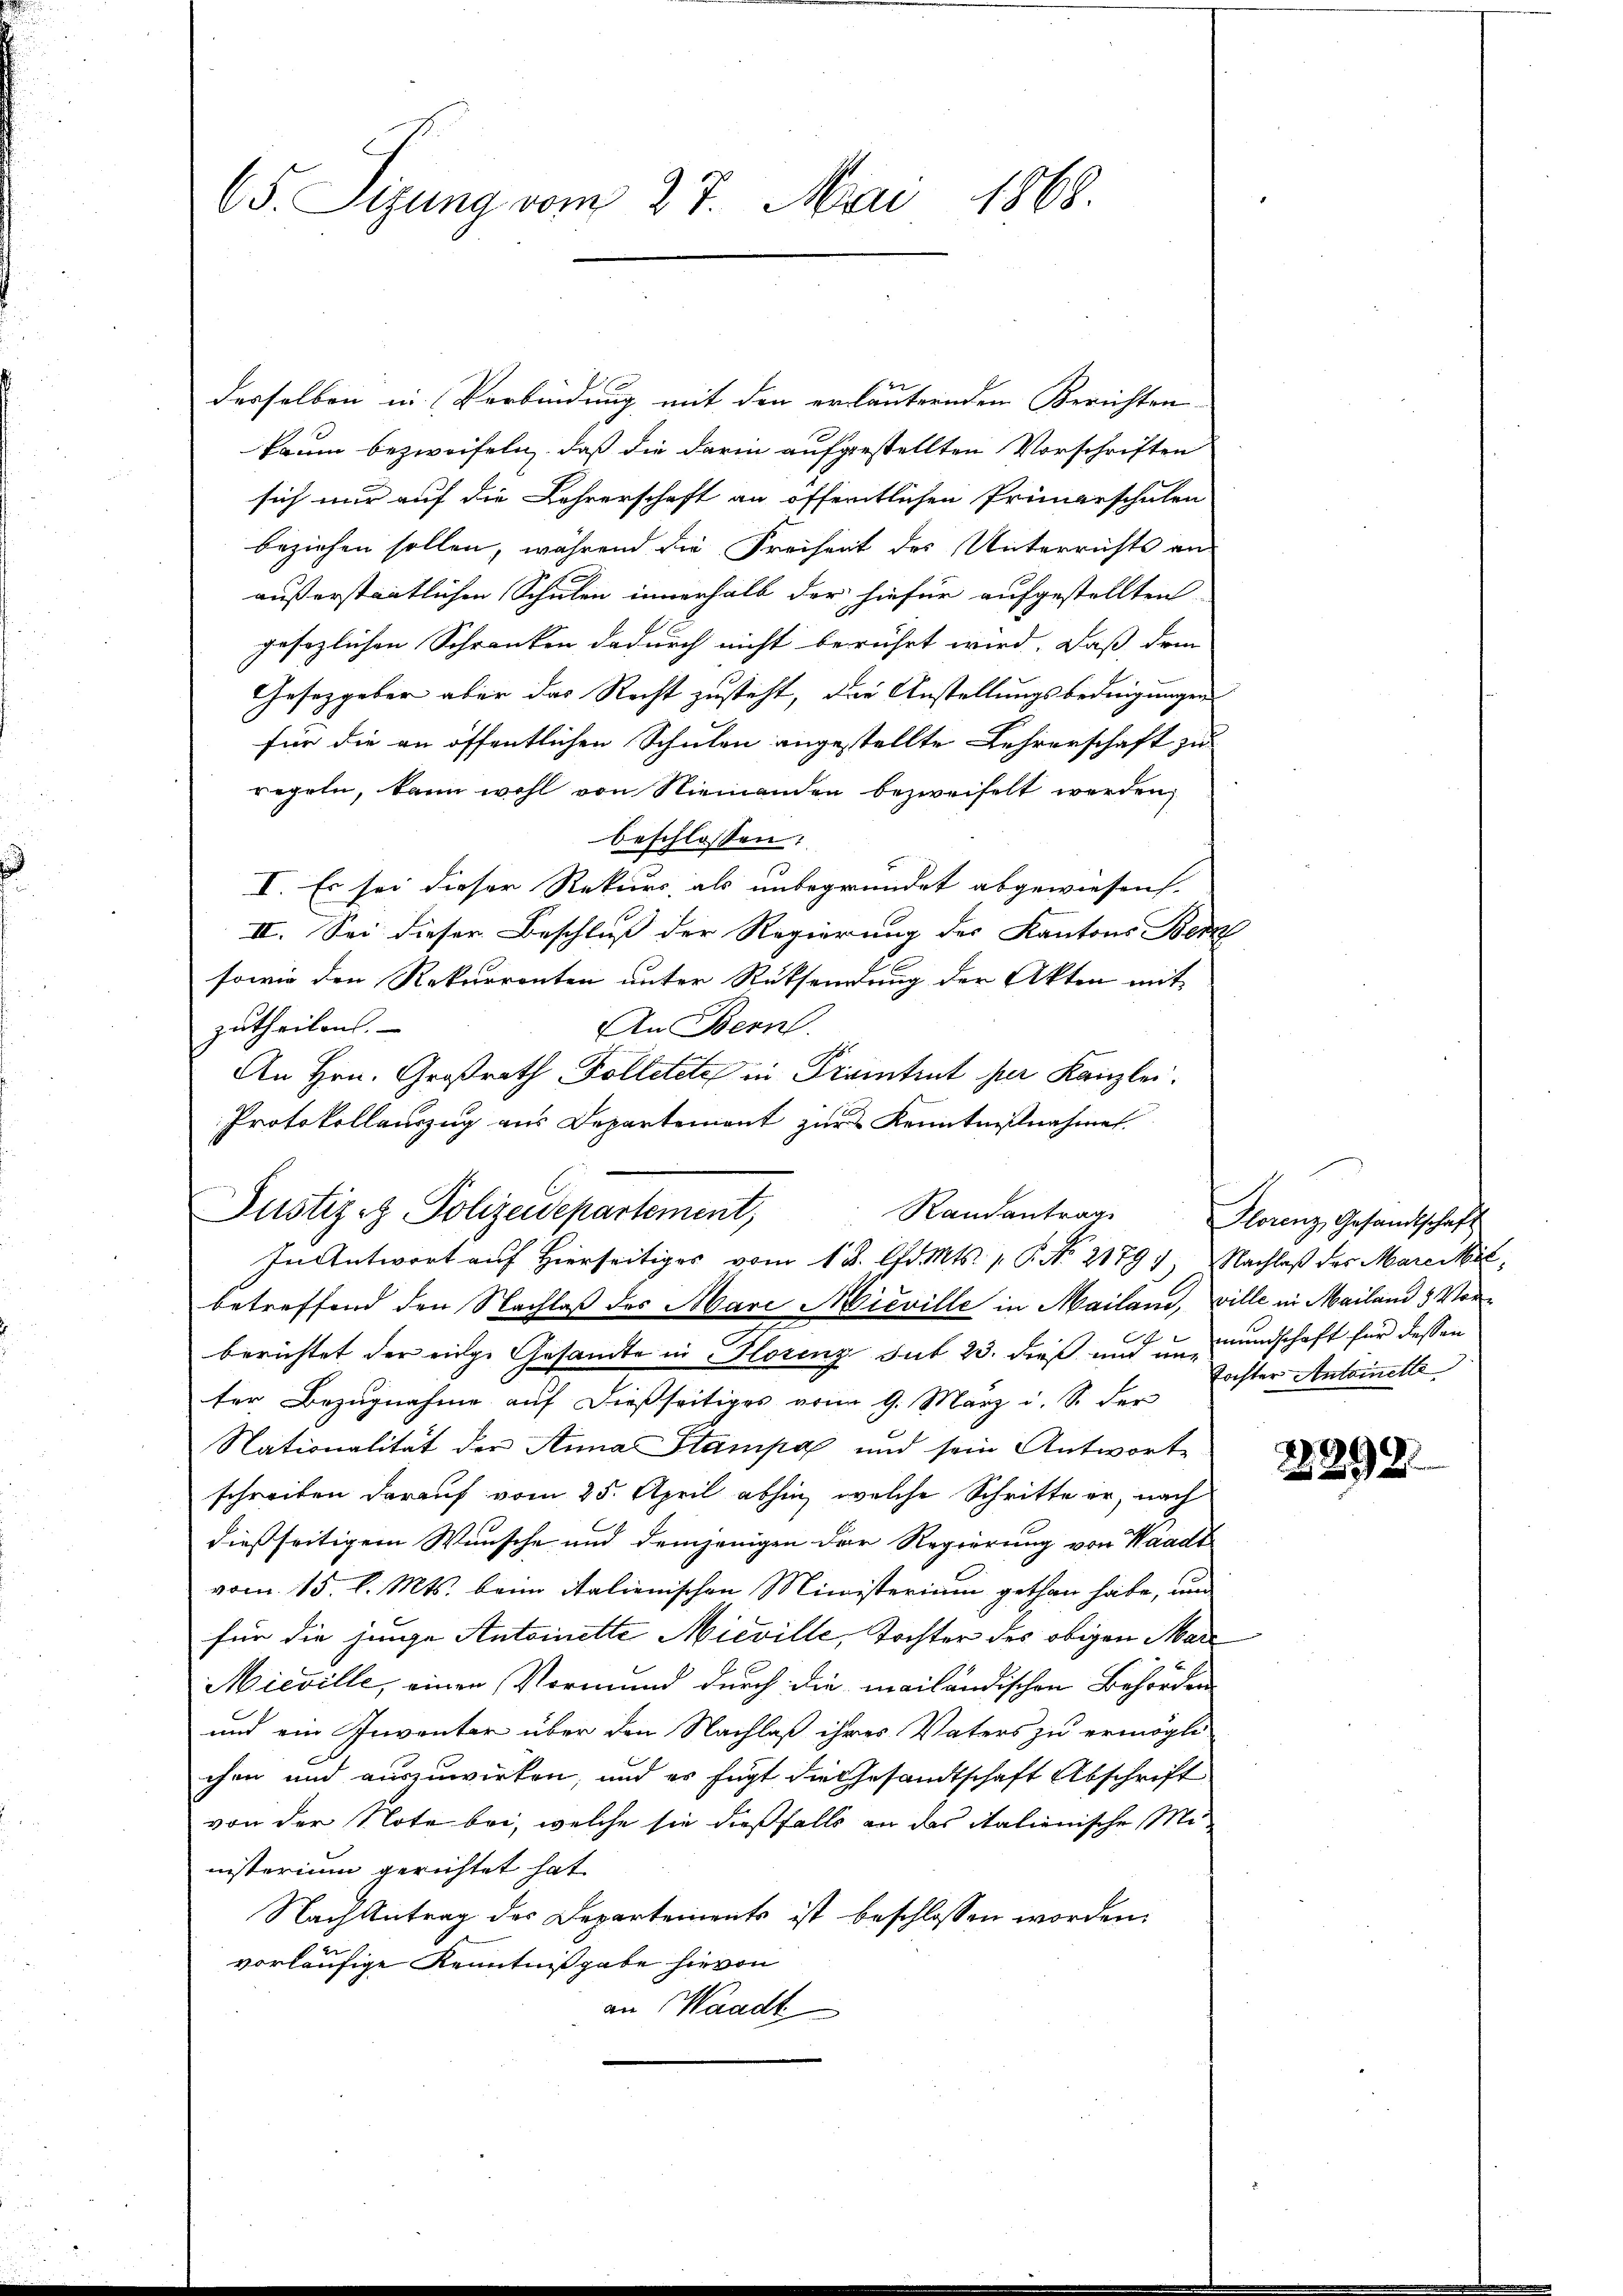
65. Sizung vom 27. Mai 1868.

derselben in Verbindung mit den erläuternden Berichten
kaum bezweifeln, daß die darin aufgestellten Vorschriften
sich nur auf die Lehrerschaft an öffentlichen Primgeschulen
beziehen sollen, während die Freiheit des Unterrichts an
außerstaatlichen Schulen innerhalb der hiefür aufgestellten
gesezlichen Schranken dadurch nicht berührt wird. Daß dei-
Gesetzgeber aber das Recht zusteht, die Anstellungsbedingungen
für die an öffentlichen Schulen angestellte Lehrerschaft zu
regeln, kann wohl von Niemanden bezweifelt werden,
beschlossen:
I. Es sei dieser Rekurs, als unbegründet abgewiesen.
II. Sei dieser Beschluß der Regierung des Kantons Bern
sowie den Rekurrenten unter Rücksendung der Akten mit
zutheilen.
An Bern.
An Hrn. Großrath Kolletete in Prantrut der Kanzlei.
Protokollauszug aus Departement zur Kenntnißnahme
In Antwort auf Hierseitig vom 18. d. Mts. 1. No 2179) Nachlaß der Mareckt,
betreffend den Nachlaß des Mare Mieville in Mailand, ville in Mailand 3 Vorberichtet der eige Gesandte in Florenz sub 23. dieß und umundschaft für dessen
ter Bezugnahme auf dießseitiges vom 9. März d. S. der
Nationalität der Anna Stampa und sein Antworte
schreiben darauf vom 25. April abhin, welche Schritte er, nach
dießseitigem Wunsche und demjenigen der Regierung von Waadt
vom 15. l. Mts. beim Salienischen Ministerium gethan habe, und
für die junge Antoinette Mieville, Tochter des obigen Mar
Mieville, einen Vormund durch die mailändischen Behörden
und ein Inventer über den Nachlaß ihres Vaters zu ermögli
chen und auszuwirken, und es fügt die Gesandtschaft Abschrift
von der Note bei, welche sie dießfalls an das italienische Menisterium gerichtet hat.
Nach Antrag des Departements ist beschlossen worden.
vorläufige Kenntnißgabe hievon
an Waadt

Randantrag
Justiz- & Polizeidepartement,

Plorenz, Gesandtschaft
Tochter Antoinelle

2892.